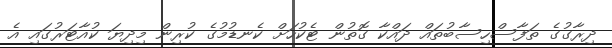
ދިރާގުގެ ތަފާސްހިސާބުތައް ދައްކާ ގޮތުން ޓެކުހަށް ކެނޑުމުގެ ކުރިން މިދިޔަ ކުއާޓަރުގައި އެ